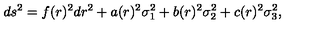
d s ^ { 2 } = f ( r ) ^ { 2 } d r ^ { 2 } + a ( r ) ^ { 2 } \sigma _ { 1 } ^ { 2 } + b ( r ) ^ { 2 } \sigma _ { 2 } ^ { 2 } + c ( r ) ^ { 2 } \sigma _ { 3 } ^ { 2 } ,